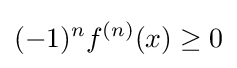
(-1)^{n}f^{(n)}(x)\geq 0